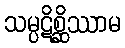
သမ္ပဋိစ္ဆိဿာမ